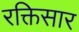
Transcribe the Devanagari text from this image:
रक्तिसार